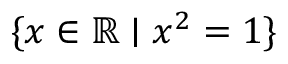
\{ x \in \mathbb { R } \mid x ^ { 2 } = 1 \}